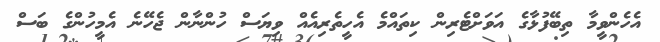
އެހެންވީމާ ތިބޭފުޅާގެ އަވަށްޓެރިން ކިތައްމެ އެހީތެރިއެއް ވިޔަސް ހުންނާން ޖެހޭނެ އެމީހުންގެ ބަސް